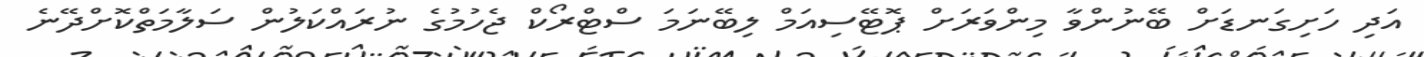
އަދި ހަށިގަނޑަށް ބޭނުންވާ މިންވަރަށް ޕޮޓޭސިއަމް ލިބޭނަމަ ސްޓްރޯކް ޖެހުމުގެ ނުރައްކަލުން ސަލާމަތްކޮށްދޭނެ